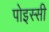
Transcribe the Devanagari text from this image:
पोइस्सी